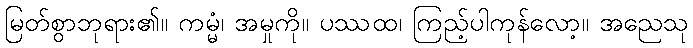
မြတ်စွာဘုရား၏။ ကမ္မံ၊ အမှုကို။ ပဿထ၊ ကြည့်ပါကုန်လော့။ အညေသု